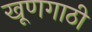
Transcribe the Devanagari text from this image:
खूणगाठी